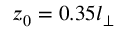
z _ { 0 } = 0 . 3 5 l _ { \perp }